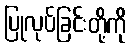
ပြုလုပ်ခြင်းတို့ကို